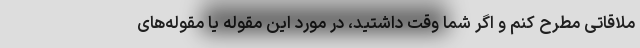
ملاقاتی مطرح کنم و اگر شما وقت داشتید، در مورد این مقوله یا مقوله‌های